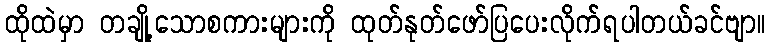
ထိုထဲမှာ တချို့သောစကားများကို ထုတ်နုတ်ဖော်ပြပေးလိုက်ရပါတယ်ခင်ဗျာ။